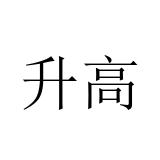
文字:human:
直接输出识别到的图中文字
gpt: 升高